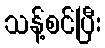
သန့်စင်ပြီး